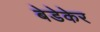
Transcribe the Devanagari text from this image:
बेडेकेर